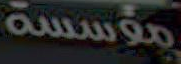
مؤسسة